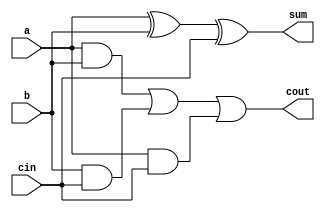
module gates(input a, input b, input cin, output sum, output cout);
assign sum = a^ b ^cin;
assign cout = (a & b) | (b & cin) | (a & cin);
endmodule